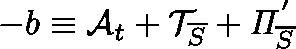
- b \equiv \mathcal { A } _ { t } + \mathcal { T } _ { \overline { { S } } } + \mathit { \Pi } _ { \overline { { S } } } ^ { ' }